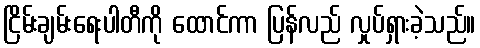
ငြိမ်းချမ်းရေးပါတီကို ထောင်ကာ ပြန်လည် လှုပ်ရှားခဲ့သည်။